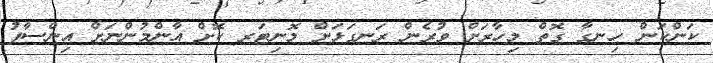
ކަންކަން ހިނގާ ގޮތް މިހާރަށް ވުރެން ރަނގަޅަށް މޮނިޓަރ ކޮށް އާންމުންނަށް އިންސާފު